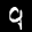
Label: 9